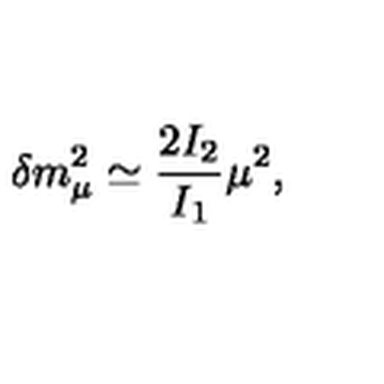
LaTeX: \delta m _ { \mu } ^ { 2 } \simeq \frac { 2 I _ { 2 } } { I _ { 1 } } \mu ^ { 2 } ,